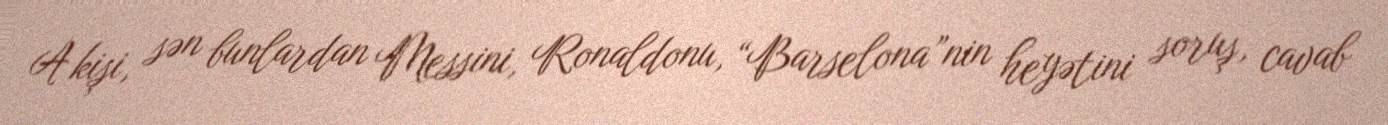
A kişi, sən bunlardan Messini, Ronaldonu, “Barselona”nin heyətini soruş, cavab